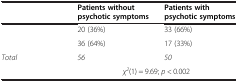
<table><thead><tr><td>[EMPTY_CELL]</td><td><b>Patients without psychotic symptoms</b></td><td><b>Patients with psychotic symptoms</b></td></tr></thead><tbody><tr><td>[EMPTY_CELL]</td><td>20 (36%)</td><td>33 (66%)</td></tr><tr><td>[EMPTY_CELL]</td><td>36 (64%)</td><td>17 (33%)</td></tr><tr><td><i>Total</i></td><td><i>56</i></td><td><i>50</i></td></tr><tr><td>[EMPTY_CELL]</td><td colspan="2"><i>χ</i><sup><i>2</i></sup>(1) = 9.69; <i>p</i> &lt; 0.002</td></tr></tbody></table>